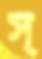
স্